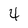
Character: 4